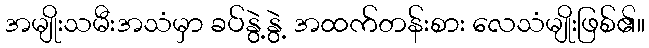
အမျိုးသမီးအသံမှာ ခပ်နွဲ့နွဲ့ အထက်တန်းစား လေသံမျိုးဖြစ်၏။